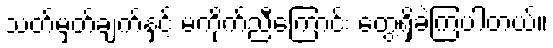
သတ်မှတ်ချက်နှင့် မကိုက်ညီကြောင်း တွေ့ရှိခဲ့ကြပါတယ်။